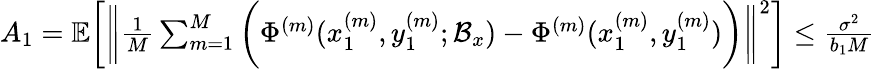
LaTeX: \begin{array}{r}{A_{1}=\mathbb{E}\bigg[\bigg\| \frac{1}{M}\sum_{m=1}^{M}\bigg(\Phi^{(m)}(x_{1}^{(m)},y_{1}^{(m)};\mathcal{B}_{x})-\Phi^{(m)}(x_{1}^{(m)},y_{1}^{(m)})\bigg)\bigg\| ^{2}\bigg]\leq\frac{\sigma^{2}}{b_{1}M}}\end{array}